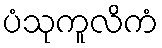
ပံသုကူလိကံ